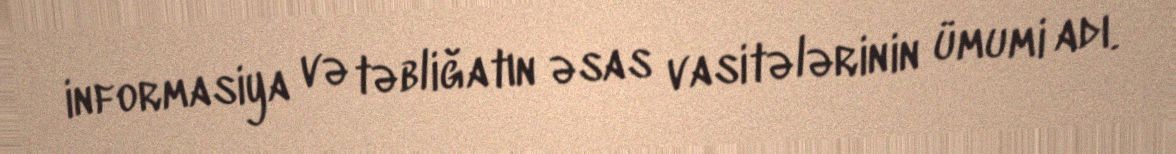
informasiya və təbliğatın əsas vasitələrinin ümumi adı.